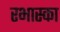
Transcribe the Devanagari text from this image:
रभास्‍का